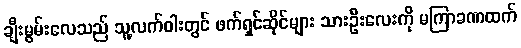
ချီးမွမ်းလေသည် သူ့လက်ဝါးတွင် ဖက်ရှင်ဆိုင်များ သားဦးလေးကို မကြာခဏထက်